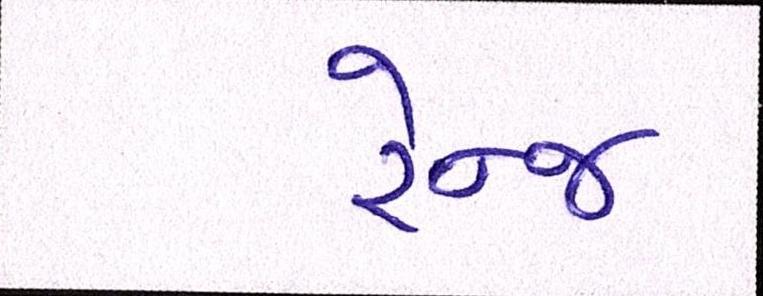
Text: રેન્જ